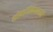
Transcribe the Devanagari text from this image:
शोकांतिकेबाबतचे